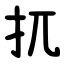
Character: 扤